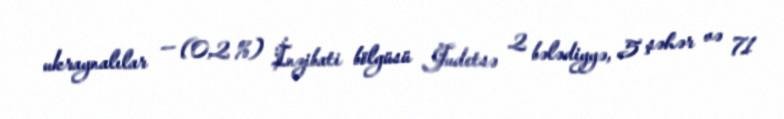
ukraynalılar — (0,2 %) İnzibati bölgüsü Judetsə 2 bələdiyyə, 5 şəhər və 71